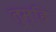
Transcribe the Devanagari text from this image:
तुम्हि